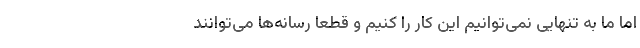
اما ما به تنهایی نمی‌توانیم این کار را کنیم و قطعا رسانه‌ها می‌توانند